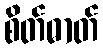
စိတ်ဓာတ်